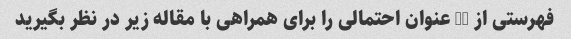
فهرستی از 10 عنوان احتمالی را برای همراهی با مقاله زیر در نظر بگیرید